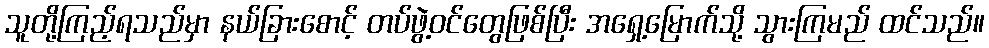
သူတို့ကြည့်ရသည်မှာ နယ်ခြားစောင့် တပ်ဖွဲ့ဝင်တွေဖြစ်ပြီး အရှေ့မြောက်သို့ သွားကြမည် ထင်သည်။